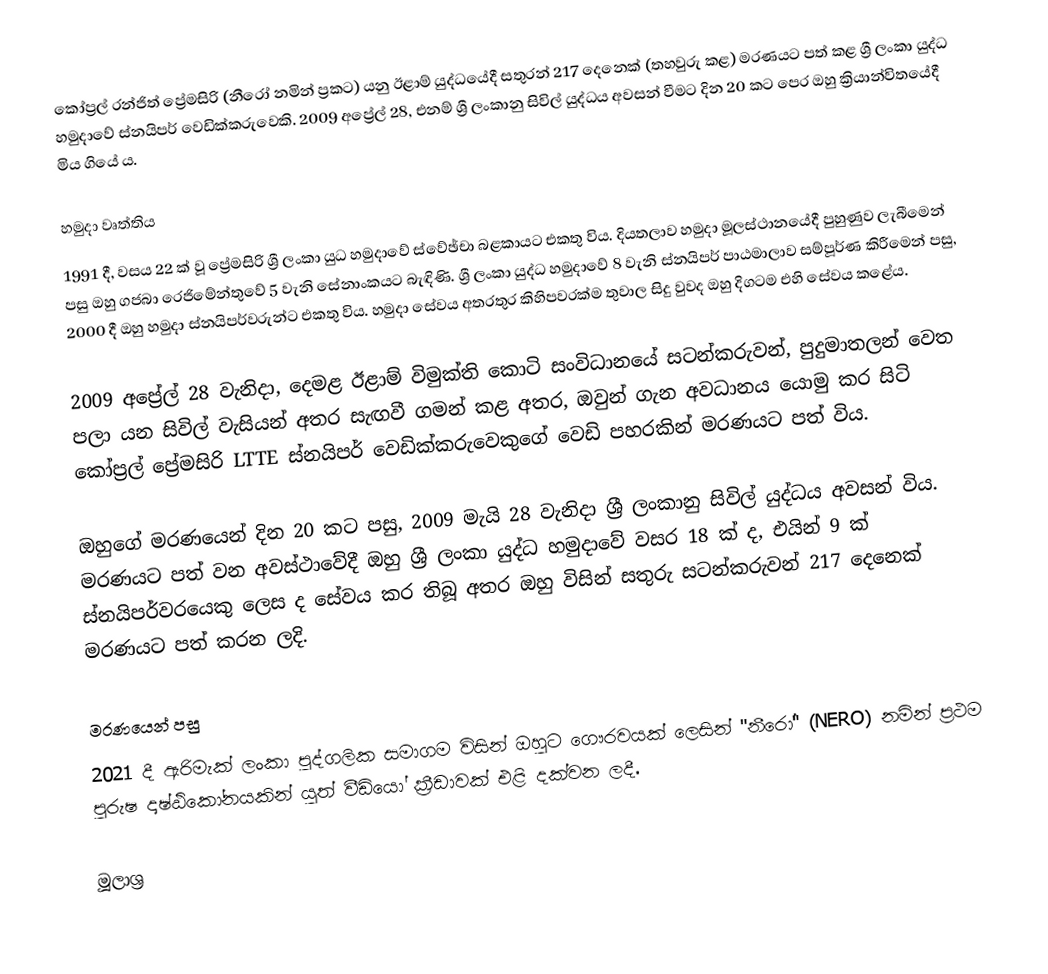
කෝප්‍රල් රන්ජිත් ප්‍රේමසිරි (නීරෝ නමින් ප්‍රකට) යනු ඊළාම් යුද්ධයේදී සතුරන් 217 දෙනෙක් (තහවුරු කළ) මරණයට පත් කළ ශ්‍රී ලංකා යුද්ධ හමුදාවේ ස්නයිපර් වෙඩික්කරුවෙකි. 2009 අප්‍රේල් 28, එනම් ශ්‍රී ලංකානු සිවිල් යුද්ධය අවසන් වීමට දින 20 කට පෙර ඔහු ක්‍රියාන්විතයේදී මිය ගියේ ය.

හමුදා වෘත්තිය
1991 දී, වසය 22 ක් වූ ප්‍රේමසිරි ශ්‍රී ලංකා යුධ හමුදාවේ ස්වේඡ්චා බළකායට එකතු විය. දියතලාව හමුදා මූලස්ථානයේදී පුහුණුව ලැබීමෙන් පසු ඔහු ගජබා රෙජිමේන්තුවේ 5 වැනි සේනාංකයට බැඳිණි. ශ්‍රී ලංකා යුද්ධ හමුදාවේ 8 වැනි ස්නයිපර් පාඨමාලාව සම්පූර්ණ කිරීමෙන් පසු, 2000 දී ඔහු හමුදා ස්නයිපර්වරුන්ට එකතු විය. හමුදා සේවය අතරතුර කිහිපවරක්ම තුවාල සිදු වුවද ඔහු දිගටම එහි සේවය කළේය.

2009 අප්‍රේල් 28 වැනිදා, දෙමළ ඊළාම් විමුක්ති කොටි සංවිධානයේ සටන්කරුවන්, පුදුමාතලන් වෙත පලා යන සිවිල් වැසියන් අතර සැඟවී ගමන් කළ අතර, ඔවුන් ගැන අවධානය යොමු කර සිටි කෝප්‍රල් ප්‍රේමසිරි LTTE ස්නයිපර් වෙඩික්කරුවෙකුගේ වෙඩි පහරකින් මරණයට පත් විය.

ඔහුගේ මරණයෙන් දින 20 කට පසු, 2009 මැයි 28 වැනිදා ශ්‍රී ලංකානු සිවිල් යුද්ධය අවසන් විය. මරණයට පත් වන අවස්ථාවේදී ඔහු ශ්‍රී ලංකා යුද්ධ හමුදාවේ වසර 18 ක් ද, එයින් 9 ක් ස්නයිපර්වරයෙකු ලෙස ද සේවය කර තිබූ අතර ඔහු විසින් සතුරු සටන්කරුවන් 217 දෙනෙක් මරණයට පත් කරන ලදි.

මරණයෙන් පසු
2021 දී ඇරිමැක් ලංකා පුද්ගලික සමාගම විසින් ඔහුට ගෞරවයක් ලෙසින් "නීරෝ" (NERO) නමින් ප්‍රථම පුරුෂ දෘෂ්ඨිකෝනයකින් යුත් වීඩියෝ ක්‍රීඩාවක් එළි දක්වන ලදී.

මූලාශ්‍ර